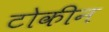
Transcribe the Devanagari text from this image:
टोकीन